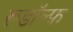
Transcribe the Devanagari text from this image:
रूडॉल्फ़